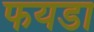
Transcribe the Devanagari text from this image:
फयडा